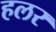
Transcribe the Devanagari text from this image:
हलर